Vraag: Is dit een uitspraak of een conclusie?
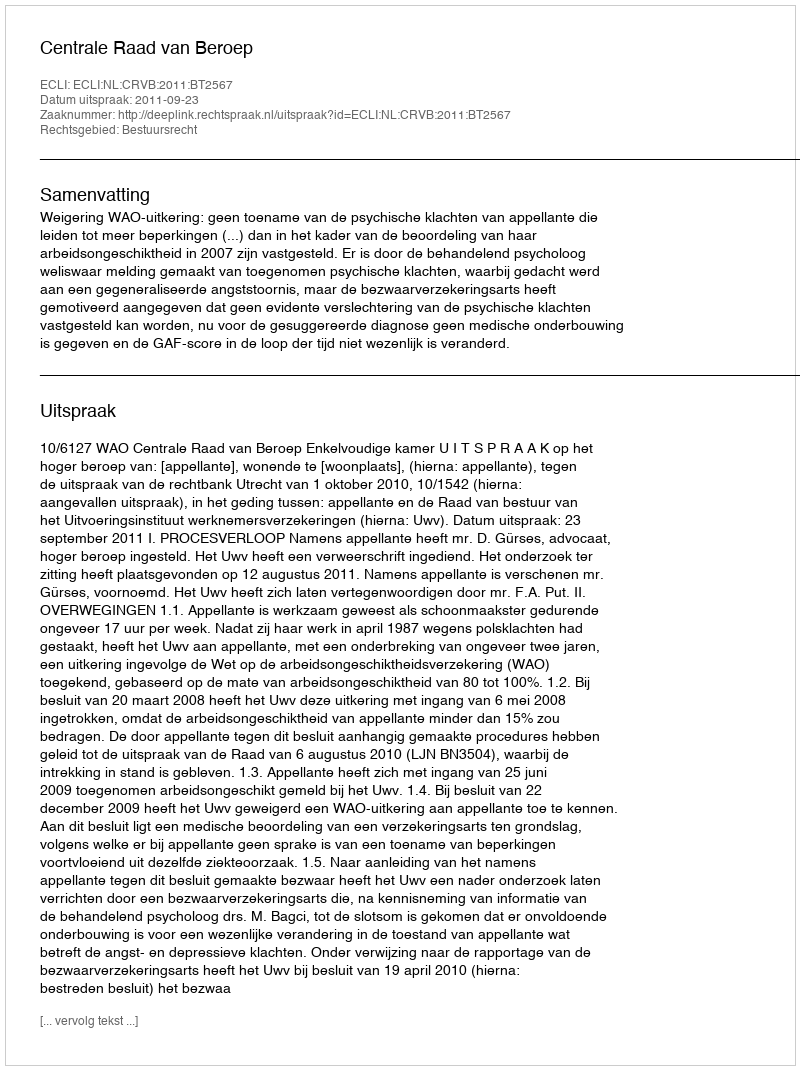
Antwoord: Uitspraak